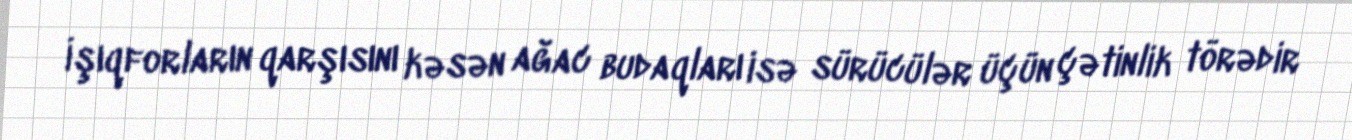
İşıqforların qarşısını kəsən ağac budaqları isə sürücülər üçün çətinlik törədir